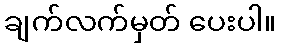
ချက်လက်မှတ် ပေးပါ။